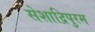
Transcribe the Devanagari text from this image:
सेशाद्रिपुरम